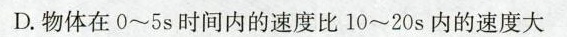
D物体在0\sim 5s间内的速度比10\sim 20s的速度大